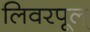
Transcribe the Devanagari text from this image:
लिवरपूल्